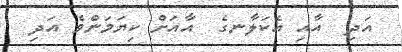
އަދި  އާއި އެކަލާނގެ  އާއަށް ކިޔަމަންވެ އަދި